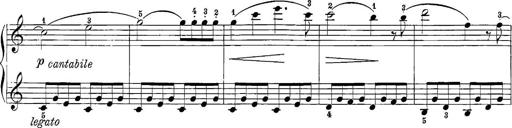
Title: 12 Sonatine per Pianoforte
Composer: Friedrich Kuhlau